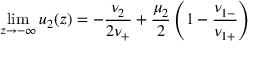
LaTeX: \operatorname * { l i m } _ { z \to - \infty } u _ { 2 } ( z ) = - \frac { \nu _ { 2 } } { 2 \nu _ { + } } + \frac { \mu _ { 2 } } { 2 } \left( 1 - \frac { \nu _ { 1 - } } { \nu _ { 1 + } } \right)